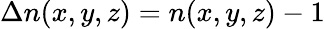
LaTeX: \Delta n(x,y,z)=n(x,y,z)-1